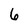
Character: 6